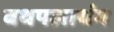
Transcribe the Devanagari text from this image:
बथपलाथंग